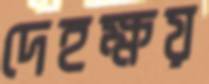
দেহক্ষয়